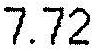
7.72